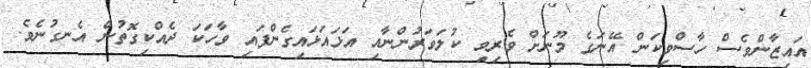
އައިޒާންވެސް ހާސްވިކަން އޭނަގެ މޫނަށް ވެރިވި ކުލަވަރުންނާއި އަޅައަޅައިގެންފައި ވާހަކަ ދެއްކިގޮތުން އެނގުނެވެ.